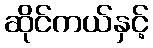
ဆိုင်ကယ်နှင့်